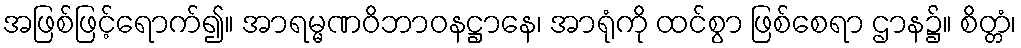
အဖြစ်ဖြင့်ရောက်၍။ အာရမ္မဏဝိဘာဝနဋ္ဌာနေ၊ အာရုံကို ထင်စွာ ဖြစ်စေရာ ဌာန၌။ စိတ္တံ၊